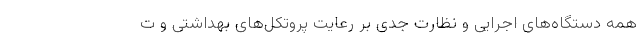
همه دستگاه‌های اجرایی و نظارت جدی بر رعایت پروتکل‌های بهداشتی و ت